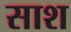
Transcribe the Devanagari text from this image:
साश